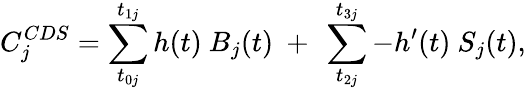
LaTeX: C_{j}^{CDS}=\sum_{t_{0j}}^{t_{1j}}{h(t)~B_{j}(t)}~+~\sum_{t_{2j}}^{t_{3j}}{-h^{\prime}(t)~S_{j}(t)},